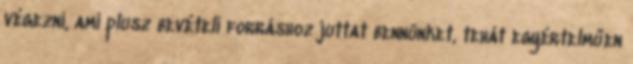
végezni, ami plusz bevételi forráshoz juttat bennünket, tehát egyértelműen